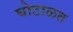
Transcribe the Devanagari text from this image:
घोटाळत